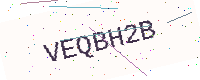
Text: VEQBH2B